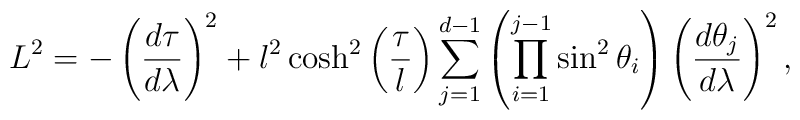
L^{2}=-\left(\frac{d\tau}{d\lambda}\right)^2+l^2\cosh^2 \left( \frac{\tau}{l}\right)\sum_{j=1}^{d-1}\left( \prod _{i=1}^{j-1} \sin ^2 \theta _{i}\right)\left( \frac{d\theta_j}{d\lambda}\right)^2,